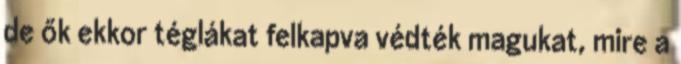
de ők ekkor téglákat felkapva védték magukat, mire a